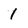
Character: 1